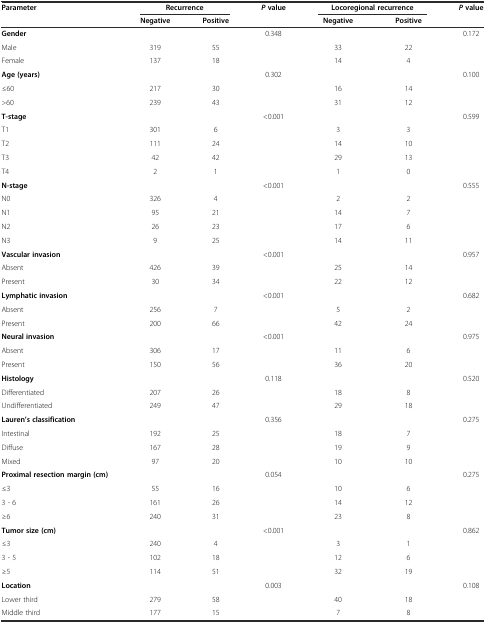
<table><thead><tr><td><b>Parameter</b></td><td colspan="2"><b>Recurrence</b></td><td><b><i>P</i>value</b></td><td colspan="2"><b>Locoregional recurrence</b></td><td><b><i>P</i>value</b></td></tr><tr><td></td><td><b>Negative</b></td><td><b>Positive</b></td><td></td><td><b>Negative</b></td><td><b>Positive</b></td><td></td></tr></thead><tbody><tr><td><b>Gender</b></td><td></td><td></td><td>0.348</td><td></td><td></td><td>0.172</td></tr><tr><td>Male</td><td>319</td><td>55</td><td></td><td>33</td><td>22</td><td></td></tr><tr><td>Female</td><td>137</td><td>18</td><td></td><td>14</td><td>4</td><td></td></tr><tr><td><b>Age (years)</b></td><td></td><td></td><td>0.302</td><td></td><td></td><td>0.100</td></tr><tr><td>≤60</td><td>217</td><td>30</td><td></td><td>16</td><td>14</td><td></td></tr><tr><td>&gt;60</td><td>239</td><td>43</td><td></td><td>31</td><td>12</td><td></td></tr><tr><td><b>T-stage</b></td><td></td><td></td><td>&lt;0.001</td><td></td><td></td><td>0.599</td></tr><tr><td>T1</td><td>301</td><td>6</td><td></td><td>3</td><td>3</td><td></td></tr><tr><td>T2</td><td>111</td><td>24</td><td></td><td>14</td><td>10</td><td></td></tr><tr><td>T3</td><td>42</td><td>42</td><td></td><td>29</td><td>13</td><td></td></tr><tr><td>T4</td><td>2</td><td>1</td><td></td><td>1</td><td>0</td><td></td></tr><tr><td><b>N-stage</b></td><td></td><td></td><td>&lt;0.001</td><td></td><td></td><td>0.555</td></tr><tr><td>N0</td><td>326</td><td>4</td><td></td><td>2</td><td>2</td><td></td></tr><tr><td>N1</td><td>95</td><td>21</td><td></td><td>14</td><td>7</td><td></td></tr><tr><td>N2</td><td>26</td><td>23</td><td></td><td>17</td><td>6</td><td></td></tr><tr><td>N3</td><td>9</td><td>25</td><td></td><td>14</td><td>11</td><td></td></tr><tr><td><b>Vascular invasion</b></td><td></td><td></td><td>&lt;0.001</td><td></td><td></td><td>0.957</td></tr><tr><td>Absent</td><td>426</td><td>39</td><td></td><td>25</td><td>14</td><td></td></tr><tr><td>Present</td><td>30</td><td>34</td><td></td><td>22</td><td>12</td><td></td></tr><tr><td><b>Lymphatic invasion</b></td><td></td><td></td><td>&lt;0.001</td><td></td><td></td><td>0.682</td></tr><tr><td>Absent</td><td>256</td><td>7</td><td></td><td>5</td><td>2</td><td></td></tr><tr><td>Present</td><td>200</td><td>66</td><td></td><td>42</td><td>24</td><td></td></tr><tr><td><b>Neural invasion</b></td><td></td><td></td><td>&lt;0.001</td><td></td><td></td><td>0.975</td></tr><tr><td>Absent</td><td>306</td><td>17</td><td></td><td>11</td><td>6</td><td></td></tr><tr><td>Present</td><td>150</td><td>56</td><td></td><td>36</td><td>20</td><td></td></tr><tr><td><b>Histology</b></td><td></td><td></td><td>0.118</td><td></td><td></td><td>0.520</td></tr><tr><td>Differentiated</td><td>207</td><td>26</td><td></td><td>18</td><td>8</td><td></td></tr><tr><td>Undifferentiated</td><td>249</td><td>47</td><td></td><td>29</td><td>18</td><td></td></tr><tr><td><b>Lauren’s classification</b></td><td></td><td></td><td>0.356</td><td></td><td></td><td>0.275</td></tr><tr><td>Intestinal</td><td>192</td><td>25</td><td></td><td>18</td><td>7</td><td></td></tr><tr><td>Diffuse</td><td>167</td><td>28</td><td></td><td>19</td><td>9</td><td></td></tr><tr><td>Mixed</td><td>97</td><td>20</td><td></td><td>10</td><td>10</td><td></td></tr><tr><td><b>Proximal resection margin (cm)</b></td><td></td><td></td><td>0.054</td><td></td><td></td><td>0.275</td></tr><tr><td>≤3</td><td>55</td><td>16</td><td></td><td>10</td><td>6</td><td></td></tr><tr><td>3 - 6</td><td>161</td><td>26</td><td></td><td>14</td><td>12</td><td></td></tr><tr><td>≥6</td><td>240</td><td>31</td><td></td><td>23</td><td>8</td><td></td></tr><tr><td><b>Tumor size (cm)</b></td><td></td><td></td><td>&lt;0.001</td><td></td><td></td><td>0.862</td></tr><tr><td>≤3</td><td>240</td><td>4</td><td></td><td>3</td><td>1</td><td></td></tr><tr><td>3 - 5</td><td>102</td><td>18</td><td></td><td>12</td><td>6</td><td></td></tr><tr><td>≥5</td><td>114</td><td>51</td><td></td><td>32</td><td>19</td><td></td></tr><tr><td><b>Location</b></td><td></td><td></td><td>0.003</td><td></td><td></td><td>0.108</td></tr><tr><td>Lower third</td><td>279</td><td>58</td><td></td><td>40</td><td>18</td><td></td></tr><tr><td>Middle third</td><td>177</td><td>15</td><td></td><td>7</td><td>8</td><td></td></tr></tbody></table>